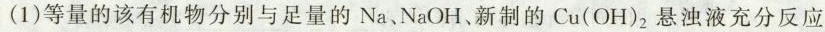
(1)等量的该有机物分别与足量的Na、NaOH、新制的Cu(OH)_{2}悬浊液充分反应